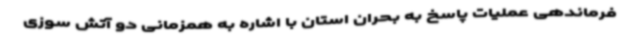
فرماندهی عملیات پاسخ به بحران استان با اشاره به همزمانی دو آتش سوزی